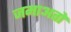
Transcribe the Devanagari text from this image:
जमाअतों